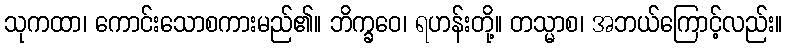
သုကထာ၊ ကောင်းသောစကားမည်၏။ ဘိက္ခဝေ၊ ရဟန်းတို့။ တသ္မာစ၊ အဘယ်ကြောင့်လည်း။